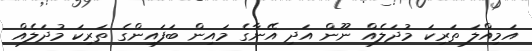
އަމިއްލަ ތަރިކަ މުދަލެއް ނޫން އަދި އޭނާގެ މައިން ބަފައިންގެ ތަރިކަ މުދަލެއް